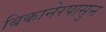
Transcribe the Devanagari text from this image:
बिकानेरपासुन